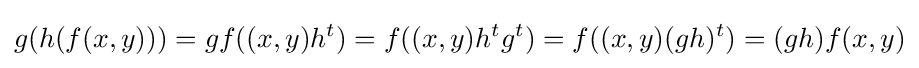
g(h(f(x,y)))=gf((x,y)h^{t})=f((x,y)h^{t}g^{t})=f((x,y)(gh)^{t})=(gh)f(x,y)